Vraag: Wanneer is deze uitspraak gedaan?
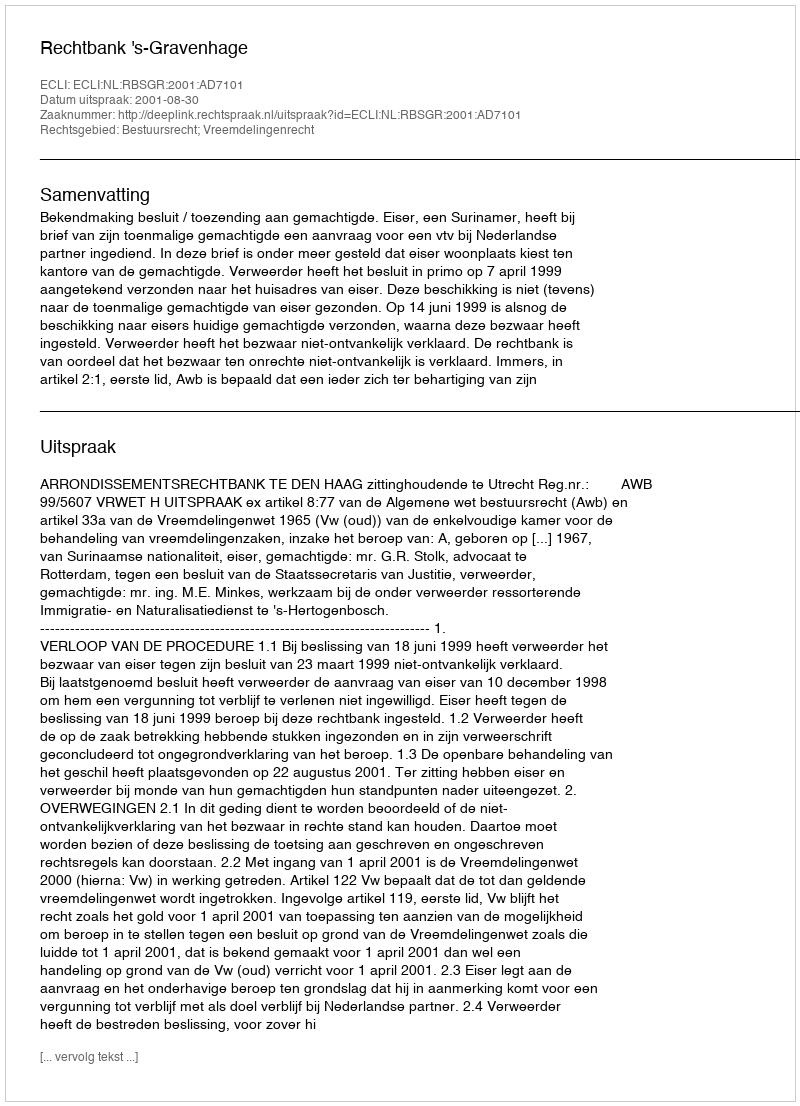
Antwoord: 2001-08-30